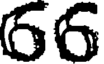
66